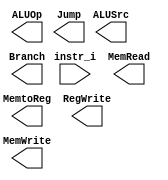
/***************************************************
Student Name: 
Student ID: 
***************************************************/

`timescale 1ns/1ps

module Decoder(
	input [31:0] 	instr_i,
	output          ALUSrc,
	output          MemtoReg,
	output          RegWrite,
	output          MemRead,
	output          MemWrite,
	output          Branch,
	output [1:0]	ALUOp,
	output [1:0]	Jump
	);

/* Write your code HERE */


endmodule